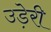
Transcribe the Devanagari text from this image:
उड़ेरी